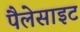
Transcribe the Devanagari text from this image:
पैलेसाइट